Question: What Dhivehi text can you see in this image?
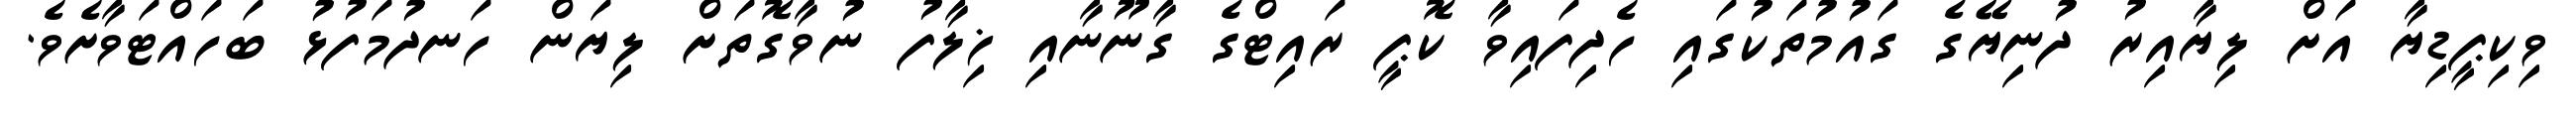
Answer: ވިކިޕީޑިޔާ އަށް ލިޔާއިރު ދުނިޔޭގެ ގައުމުތަކުގައި ހެދިފައިވާ ކޮޕީ ރައިޓްގެ ގާނޫނާއި ޚިލާފު ނުވާގޮތަށް ލިޔަން ހަނދުމަފުޅު ބަހައްޓަވާށެވެ.